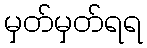
မှတ်မှတ်ရရ